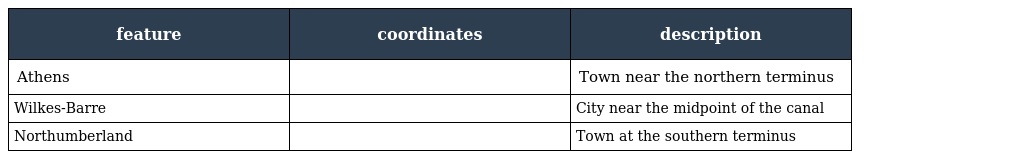
| feature | coordinates | description |
 | --- | --- | --- |
 | Athens |  | Town near the northern terminus |
 | Wilkes-Barre |  | City near the midpoint of the canal |
 | Northumberland |  | Town at the southern terminus |